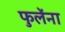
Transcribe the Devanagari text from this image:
फुलेंना